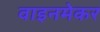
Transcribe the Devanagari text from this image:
वाइनमेकर